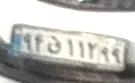
۹۴ق۱۱۲۹۹